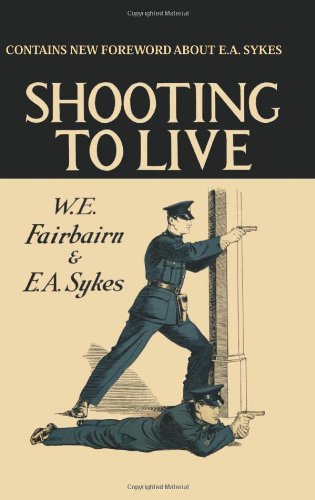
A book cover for Shooting to Live With the One Hand Gun; W.E. Fairbairn; Sports & Outdoors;